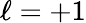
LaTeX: \ell=+1